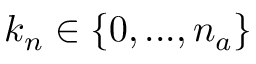
k _ { n } \in \{ 0 , . . . , n _ { a } \}